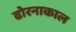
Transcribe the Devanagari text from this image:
ढोरनाकाल